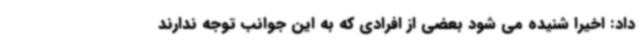
داد: اخیرا شنیده می شود بعضی از افرادی که به این جوانب توجه ندارند